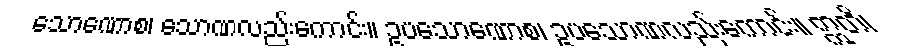
သောဏောစ၊ သောဏလည်းကောင်း။ ဥပသောဏောစ၊ ဥပသောဏလည်းကောင်း။ ဣတိ၊